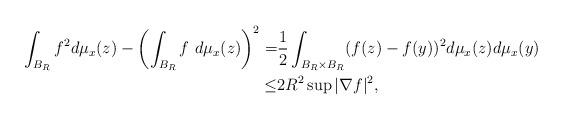
LaTeX: \begin{align*}\int_{B_R}f^2d\mu_x(z)-\left(\int_{B_R}f\mbox{ }d\mu_x(z)\right)^2=&\frac{1}{2}\int_{B_R\times B_R}(f(z)-f(y))^2d\mu_x(z)d\mu_x(y)\\\leq&2R^2\sup|\nabla f|^2,\end{align*}